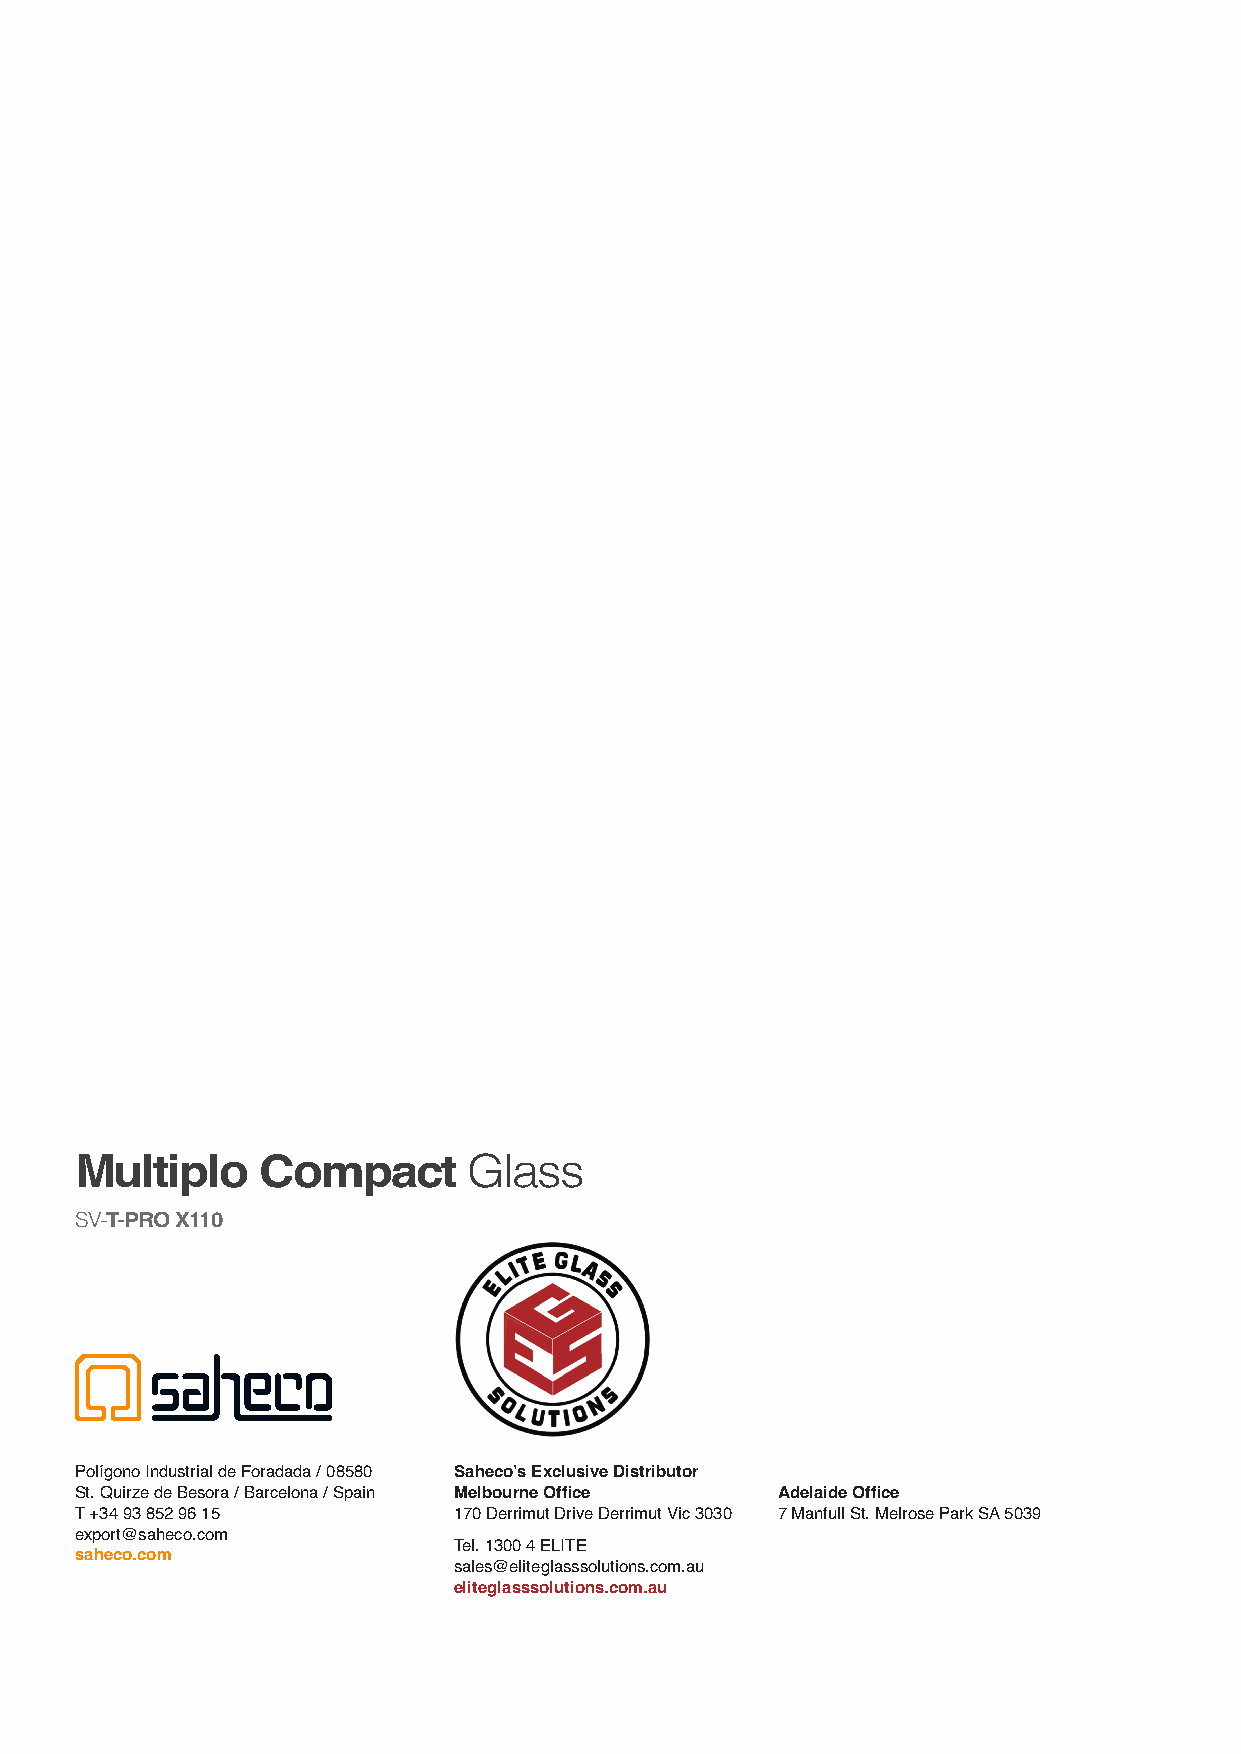
Multiplo    Compact       Glass
 SV-T-PRO X110
 Polígono Industrial de Foradada / 08580 Saheco’s Exclusive Distributor
 St. Quirze de Besora / Barcelona / Spain Melbourne Office Adelaide Office
 T +34 93 852 96 15       170 Derrimut Drive Derrimut Vic 3030 7 Manfull St. Melrose Park SA 5039
 export@saheco.com
 Tel. 1300 4 ELITE
 saheco.com
 sales@eliteglasssolutions.com.au
 eliteglasssolutions.com.au